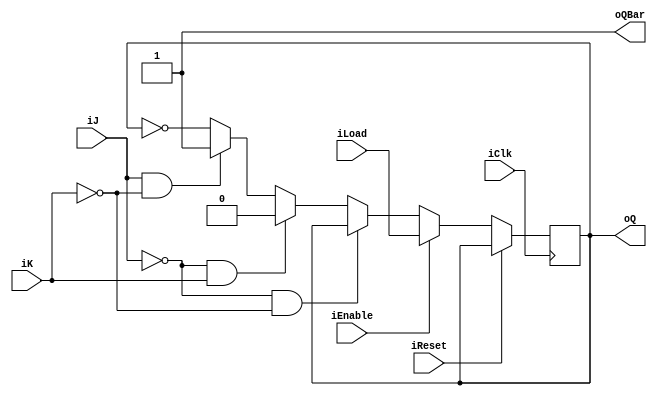
module mFlipFlop_JK_Negedge_Rst (iClk, iReset, iJ, iK, oQ, oQBar, iEnable, iLoad);

input iClk, iJ, iK, iReset, iEnable, iLoad;
output reg oQ, oQBar;

initial
	begin
	oQ <= 1'b0;
	oQBar <= 1'b1;
	end

always@(negedge iClk)
	if (!iReset)
		if (iEnable)
		begin
		oQ <= iLoad;
		end
	else
	begin
		if (!iJ && !iK)
			begin
			oQ <= oQ;
			end
		else if (!iJ && iK)
			begin
			oQ <= 1'b0;
			end
		else if (iJ && !iK)
			begin
			oQ <= 1'b1;
			end
		else
			begin
			oQ <= ~oQ;
			end
	end
endmodule